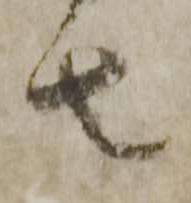
者